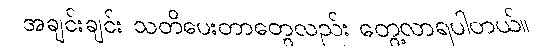
အချင်းချင်း သတိပေးတာတွေလည်း တွေ့လာရပါတယ်။